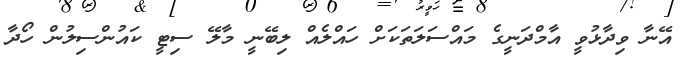
އޭނާ ވިދާޅުވީ އާމްދަނީގެ މައްސަލަތަކަށް ހައްލެއް ލިބޭނީ މާލޭ ސިޓީ ކައުންސިލުން ހޯދާ